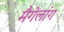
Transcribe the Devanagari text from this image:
मैगेलांग